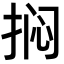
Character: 𫼽